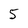
Character: 5